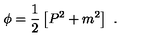
\phi = \frac { 1 } { 2 } \left[ P ^ { 2 } + m ^ { 2 } \right] \ .